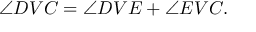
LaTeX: \angle D V C = \angle D V E + \angle E V C .